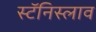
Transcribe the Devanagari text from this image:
स्टॅनिस्लाव